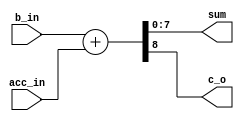
`timescale 1ns / 1ps
//////////////////////////////////////////////////////////////////////////////////
// Company: 
// Engineer: 
// 
// Design Name: 
// Module Name: ADD_B_ACC
// Project Name: 
// Target Devices: 
// Tool Versions: 
// Description: 
// 
// Dependencies: 
// 
// Revision:
// Revision 0.01 - File Created
// Additional Comments:
// 
//////////////////////////////////////////////////////////////////////////////////

`define WIDTH_5 8
module ADD_B_ACC(
b_in , acc_in , sum , c_o 
    );
 input [`WIDTH_5-1:0] b_in ;
 input [`WIDTH_5-1:0] acc_in ;
 output [`WIDTH_5-1:0] sum ;
 output c_o ;
 
 assign {c_o , sum } = b_in + acc_in ;
    
endmodule